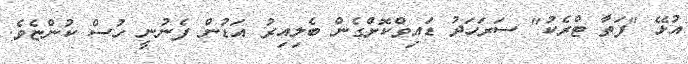
އުޅޭ "ފަތާ ޓްރެކު" ސަރަހަދު ޑައިވްކޮށްގެން ބެލިއިރު އަޑުން ފެނުނީ ހުސް ކުންޏެވެ.